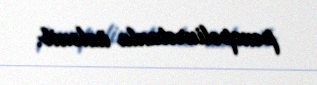
penopoliuretanla üzlənib.